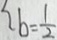
b = \frac { 1 } { 2 }